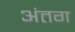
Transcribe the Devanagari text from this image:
अंतग